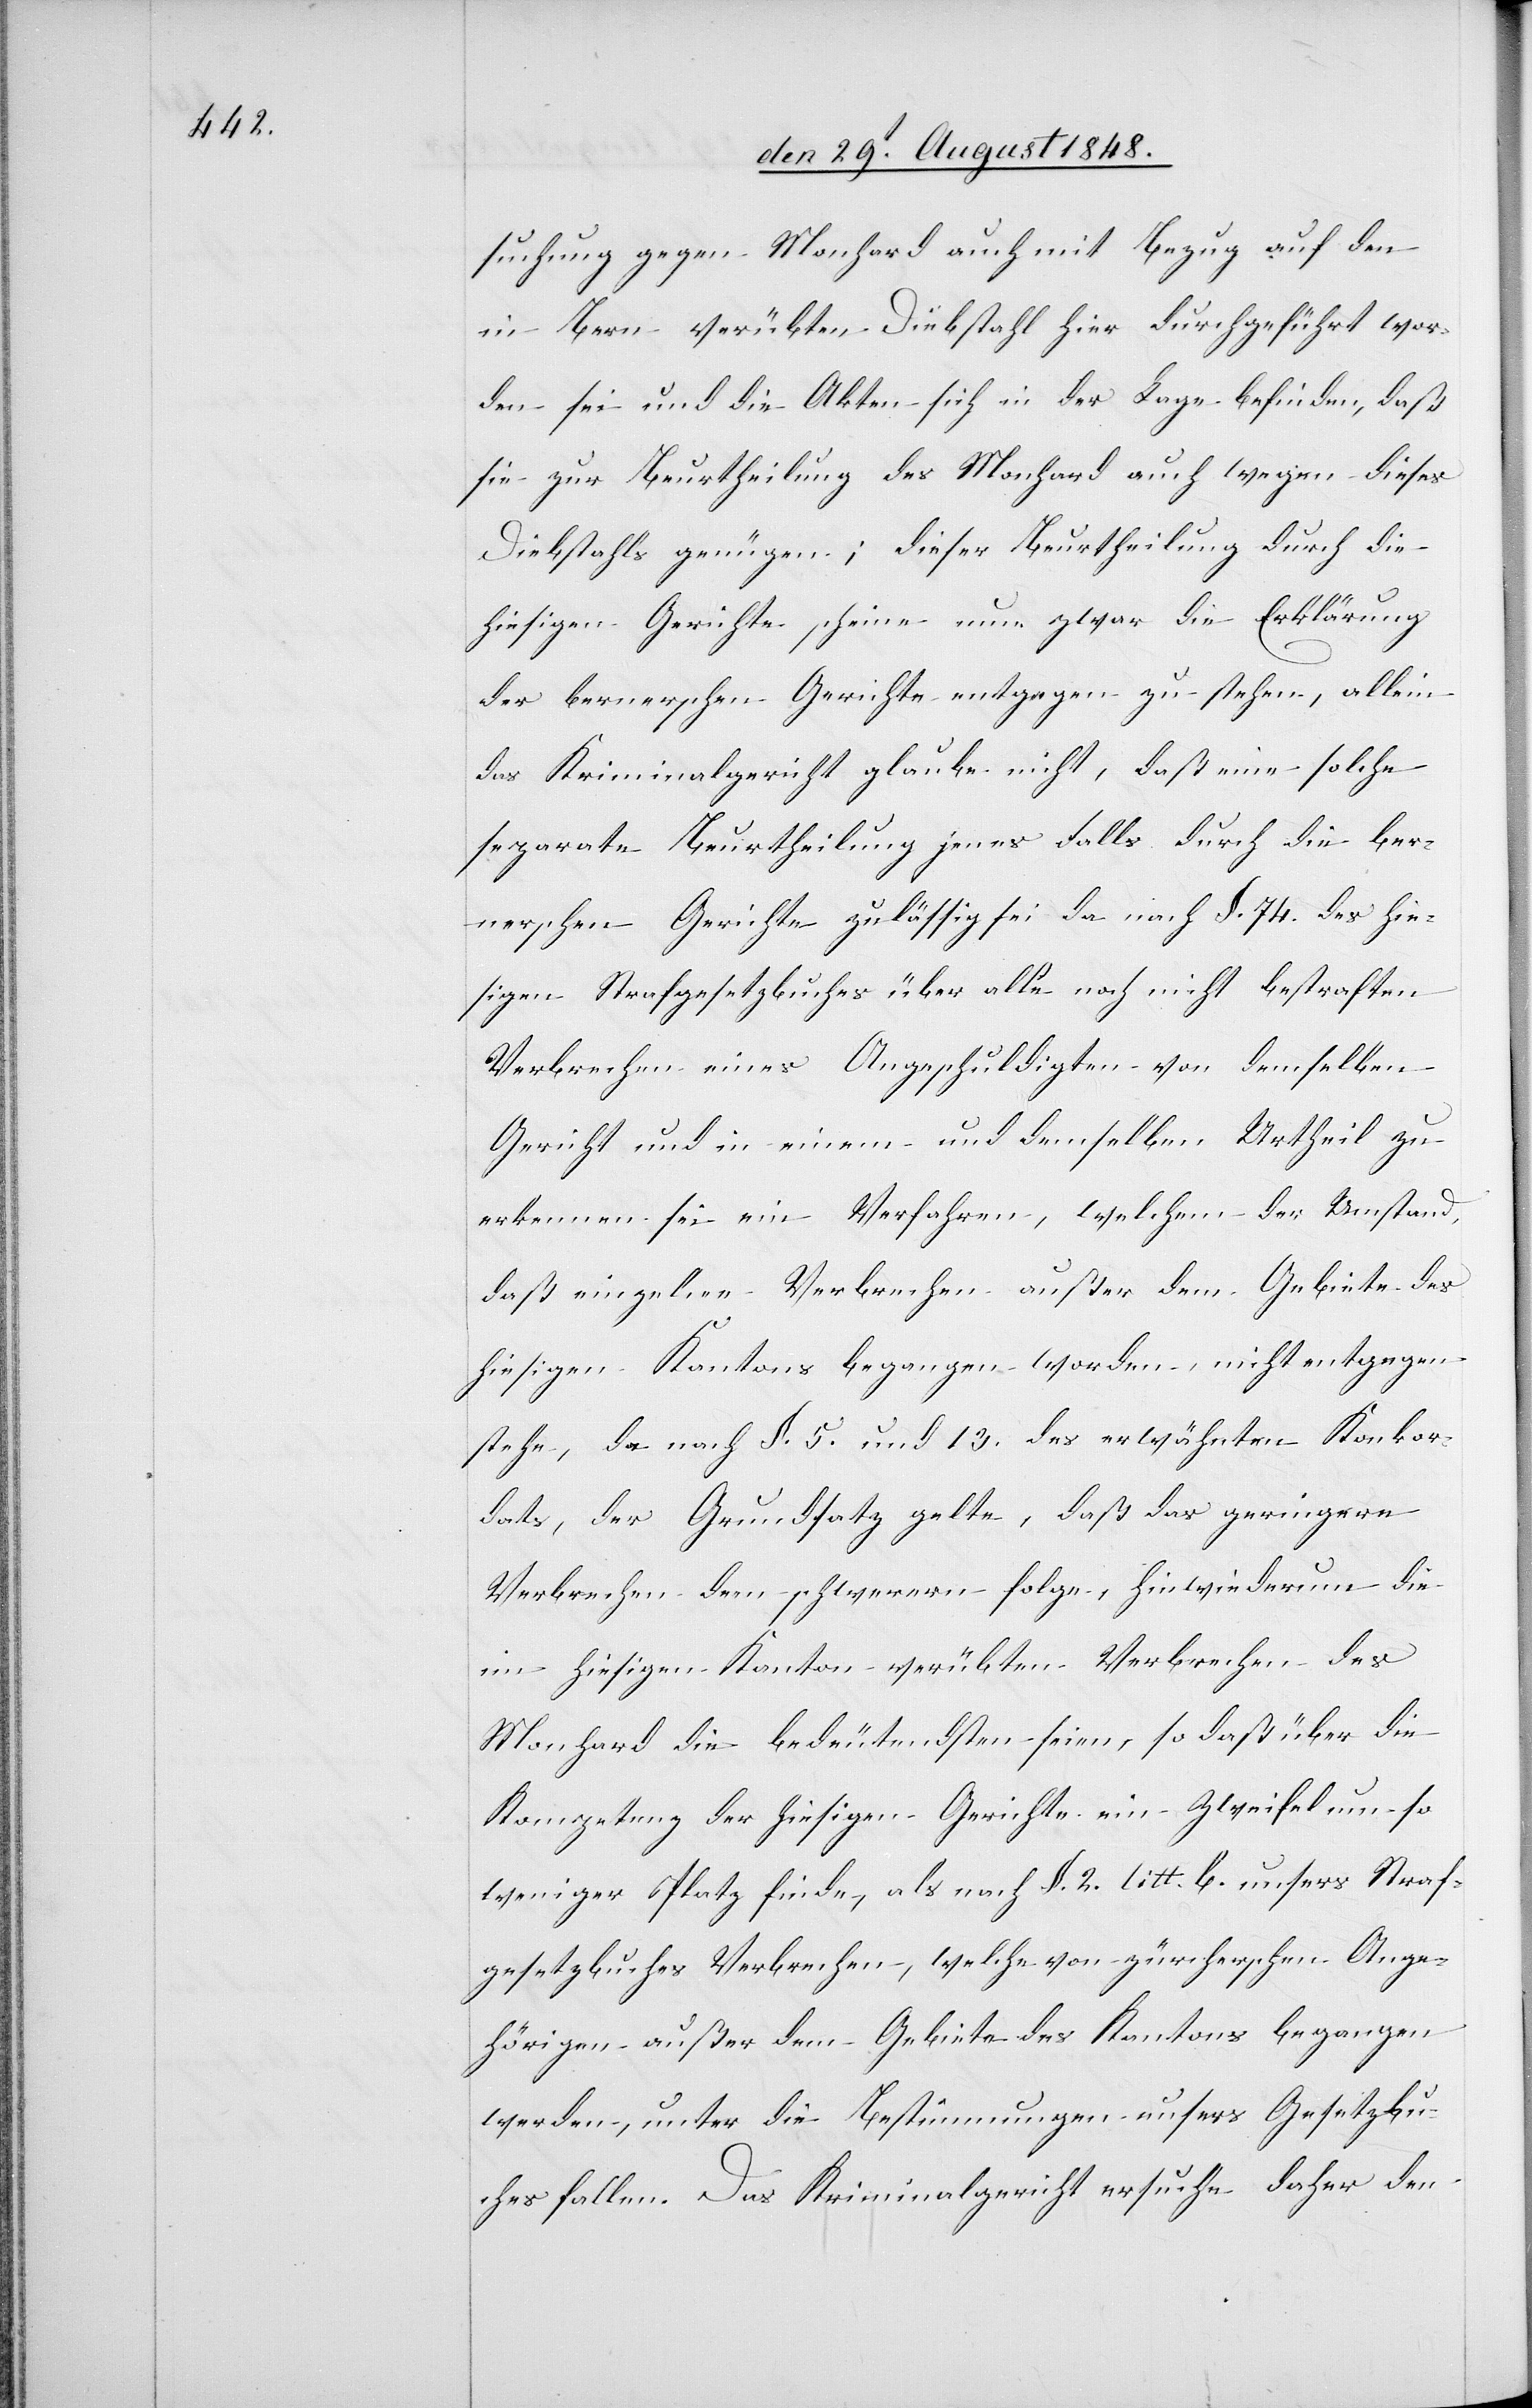
suchung gegen Monhard auch mit Bezug auf den
in Bern verübten Diebstahl hier durchgeführt wor¬
den sei und die Akten sich in der Lage befinden, daß
sie zur Beurtheilung des Monhard auch wegen dieses
Diebstahls genügen; dieser Beurtheilung durch die
hiesigen Gerichte scheine nun zwar die Erklärung
der bernerschen Gerichte entgegen zu stehen, allein
das Kriminalgericht glaube nicht, daß eine solche
separate Beurtheilung jenes Falls durch die ber¬
nerschen Gerichte zulässig sei da nach §. 74. des hie¬
sigen Strafgesetzbuches über alle noch nicht bestraften
Verbrechen eines Angeschuldigten von demselben
Gericht und in einem und demselben Urtheil zu
erkennen sei ein Verfahren, welchem der Umstand,
daß einzelne Verbrechen außer dem Gebiete des
hiesigen Kantons begangen worden, nicht entgegen¬
stehe, da nach §. 5. und 13. des erwähnten Konkor¬
dats, der Grundsatz gelte, daß das geringere
Verbrechen dem schwerern folge, hinwiederum die
im hiesigen Kanton verübten Verbrechen des
Monhard die bedeutendsten seien, so daß über die
Kompetenz der hiesigen Gerichte ein Zweifel um so
weniger Platz finde, als nach §. 2. litt. b. unsers Straf¬
gesetzbuches Verbrechen, welche von zürcherschen Ange¬
hörigen außer dem Gebiete des Kantons begangen
werden, unter die Bestimmungen unsers Gesetzbu¬
ches fallen. Das Kriminalgericht ersuche daher den